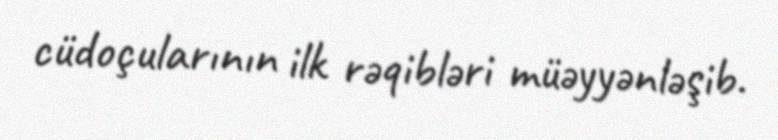
cüdoçularının ilk rəqibləri müəyyənləşib.